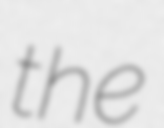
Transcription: the